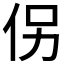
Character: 𪜯